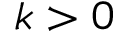
k > 0